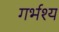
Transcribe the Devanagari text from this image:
गर्भश्य